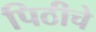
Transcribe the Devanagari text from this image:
पिठीचे